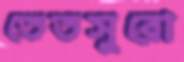
তেতসুরো